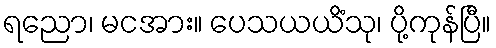
ရညော၊ မငအား။ ပေသယယိံသု၊ ပို့ကုန်ပြီ။